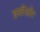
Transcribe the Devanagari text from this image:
इसीडोर